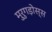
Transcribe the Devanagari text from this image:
मुरुगड़ोस्स